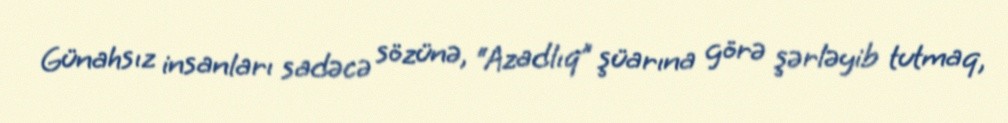
Günahsız insanları sadəcə sözünə, “Azadlıq” şüarına görə şərləyib tutmaq,